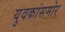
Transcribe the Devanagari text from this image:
युवकांसमोर